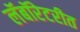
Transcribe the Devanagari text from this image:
लॅबॉरेटरीत